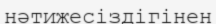
нәтижесіздігінен